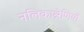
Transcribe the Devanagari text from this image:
नलिकाश्रेणियों